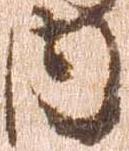
内